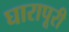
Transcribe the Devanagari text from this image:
घारापूरी